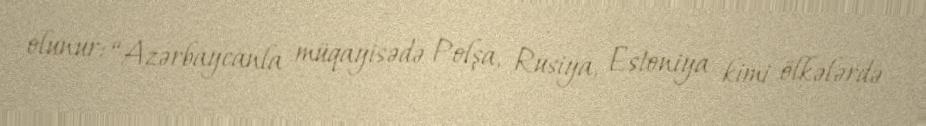
olunur: “Azərbaycanla müqayisədə Polşa, Rusiya, Estoniya kimi ölkələrdə